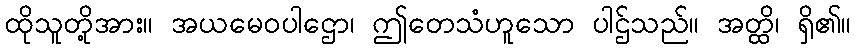
ထိုသူတို့အား။ အယမေဝပါဌော၊ ဤတေသံဟူသော ပါဌ်သည်။ အတ္ထိ၊ ရှိ၏။